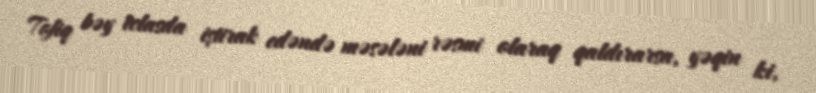
Tofiq bəy iclasda iştirak edəndə məsələni rəsmi olaraq qaldırarsa, yəqin ki,